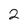
Character: 2